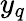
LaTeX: y_{q}